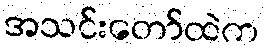
အသင်းတော်ထဲက